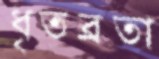
ধৃতব্রতা